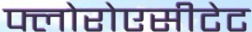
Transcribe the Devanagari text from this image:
फ्लोरोएसीटेट